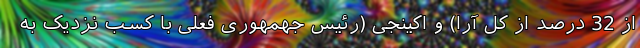
از 32 درصد از کل آرا) و اکینجی (رئیس جهمهوری فعلی با کسب نزدیک به